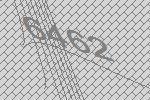
6462